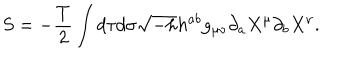
S = - \frac { T } { 2 } \int d \tau d \sigma \sqrt { - h } h ^ { a b } g _ { \mu \nu } \partial _ { a } X ^ { \mu } \partial _ { b } X ^ { \nu } .